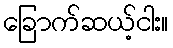
ခြောက်ဆယ့်ငါး။